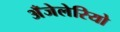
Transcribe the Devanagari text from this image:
अँजेलेरियो